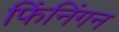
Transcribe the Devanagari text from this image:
फिंनिंगन